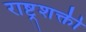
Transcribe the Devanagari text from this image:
राष्ट्रशक्ती